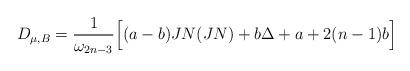
LaTeX: \begin{align*}D_{\mu,B}=\frac{1}{\omega_{2n-3}} \Big[ (a-b)JN(JN )+b\Delta +a+2(n-1)b\Big]\end{align*}